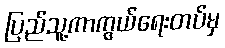
ပြည်သူ့ကာကွယ်ရေးတပ်မှ